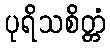
ပုရိသစိတ္တံ